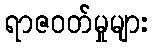
ရာဇဝတ်မှုများ